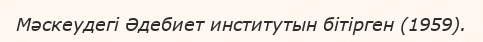
Мәскеудегі Әдебиет институтын бітірген (1959).